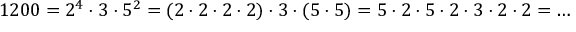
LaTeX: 1 2 0 0 = 2 ^ { 4 } \cdot 3 \cdot 5 ^ { 2 } = ( 2 \cdot 2 \cdot 2 \cdot 2 ) \cdot 3 \cdot ( 5 \cdot 5 ) = 5 \cdot 2 \cdot 5 \cdot 2 \cdot 3 \cdot 2 \cdot 2 = \ldots